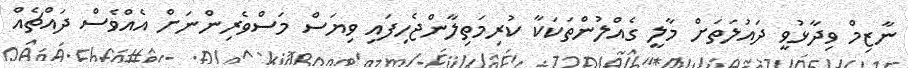
ނާޒިމް ވިދާޅުވީ ދައުލަތަށް މާލީ ގެއްލުންތަކަކާ ކުރިމަތިލާންޖެހިފައި ވިޔަސް މަސްވެރިންނަށް އެއްވެސް ދައްޗެއް